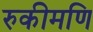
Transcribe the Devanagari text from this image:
रुकीमणि